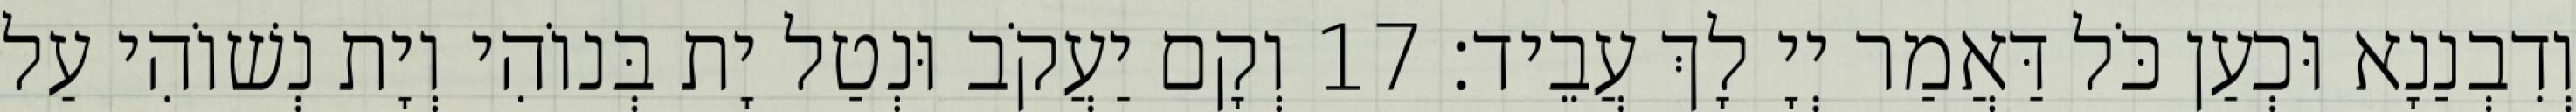
וְדִבְנַנָא וּכְעַן כֹּל דַּאֲמַר יְיָ לָךְ עֲבֵיד׃ 17 וְקָם יַעֲקֹב וּנְטַל יָת בְּנוֹהִי וְיָת נְשׁוֹהִי עַל